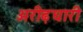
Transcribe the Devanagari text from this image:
अरीढ़धारी